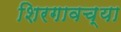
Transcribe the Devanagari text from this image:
शिरगावच्या